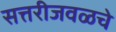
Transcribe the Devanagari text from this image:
सत्तरीजवळचे